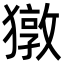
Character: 獤